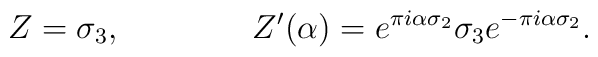
Z=\sigma_3, \qquad\qquad Z'(\alpha) = e^{\pi i \alpha \sigma_2}  \sigma_3 e^{-\pi i \alpha \sigma_2}.